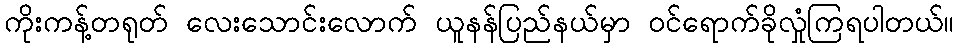
ကိုးကန့်တရုတ် လေးသောင်းလောက် ယူနန်ပြည်နယ်မှာ ဝင်ရောက်ခိုလှုံကြရပါတယ်။